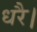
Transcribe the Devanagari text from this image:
धरै।